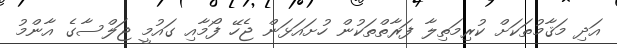
އަދި މަޤާމުތަކަށް ކުރިމަތިލާ ފަރާތްތަކުން ހުށައަޅަން ޖެހޭ ފޯމާއި ގައުމީ ޖަލްސާގެ އާންމު